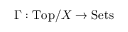
\Gamma : { \mathrm { T o p } } / X \to { \mathrm { S e t s } }